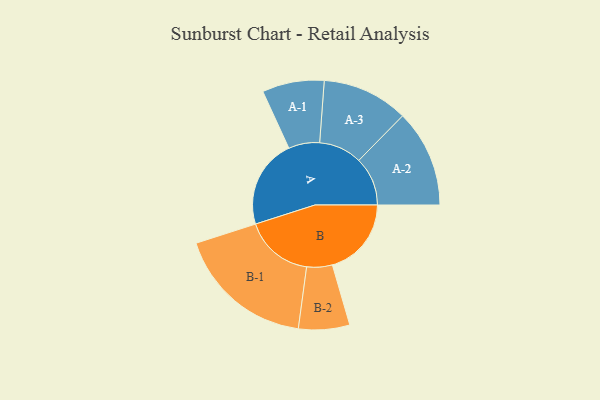
{"axis": {"x": "Segment", "y": "Value"}, "legend": ["", "A", "B"], "data": [{"x": "A", "y": 376, "type": ""}, {"x": "B", "y": 334, "type": ""}, {"x": "A-1", "y": 131, "type": "A"}, {"x": "A-2", "y": 206, "type": "A"}, {"x": "A-3", "y": 182, "type": "A"}, {"x": "B-1", "y": 292, "type": "B"}, {"x": "B-2", "y": 108, "type": "B"}]}